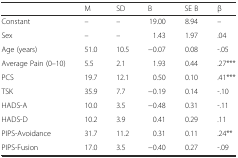
<table><thead><tr><td></td><td><b>M</b></td><td><b>SD</b></td><td><b>B</b></td><td><b>SE B</b></td><td><b>β</b></td></tr></thead><tbody><tr><td>Constant</td><td>–</td><td>–</td><td>19.00</td><td>8.94</td><td>–</td></tr><tr><td>Sex</td><td>–</td><td>–</td><td>1.43</td><td>1.97</td><td>.04</td></tr><tr><td>Age (years)</td><td>51.0</td><td>10.5</td><td>−0.07</td><td>0.08</td><td>-.05</td></tr><tr><td>Average Pain (0–10)</td><td>5.5</td><td>2.1</td><td>1.93</td><td>0.44</td><td>.27***</td></tr><tr><td>PCS</td><td>19.7</td><td>12.1</td><td>0.50</td><td>0.10</td><td>.41***</td></tr><tr><td>TSK</td><td>35.9</td><td>7.7</td><td>−0.19</td><td>0.14</td><td>-.10</td></tr><tr><td>HADS-A</td><td>10.0</td><td>3.5</td><td>−0.48</td><td>0.31</td><td>-.11</td></tr><tr><td>HADS-D</td><td>10.2</td><td>3.9</td><td>0.41</td><td>0.29</td><td>.11</td></tr><tr><td>PIPS-Avoidance</td><td>31.7</td><td>11.2</td><td>0.31</td><td>0.11</td><td>.24**</td></tr><tr><td>PIPS-Fusion</td><td>17.0</td><td>3.5</td><td>−0.40</td><td>0.27</td><td>-.09</td></tr></tbody></table>